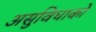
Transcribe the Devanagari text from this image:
असुविधाको